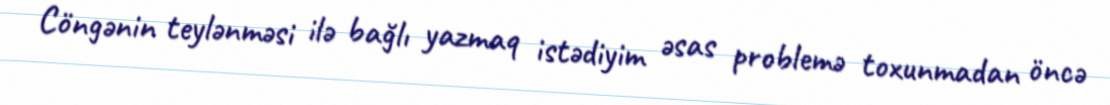
Cöngənin teylənməsi ilə bağlı yazmaq istədiyim əsas problemə toxunmadan öncə